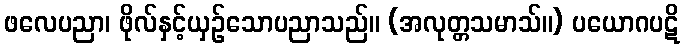
ဖလေပညာ၊ ဖိုလ်နှင့်ယှဉ်သောပညာသည်။ (အလုတ္တသမာသ်။) ပယောဂပဋိ